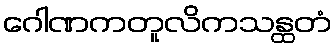
ဂေါဏကတူလိကသန္ထတံ